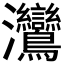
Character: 𬉳